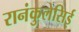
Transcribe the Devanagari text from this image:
रानंकुलेसिई